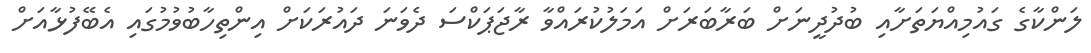
ލަންކާގެ ގައުމިއްޔަތަށާއި ބުދުދީނަށް ބަރާބަރަށް އަމަލުކުރައްވާ ރާޖަޕަކްސަ ދެވަނަ ދައުރަކަށް އިންތިހާބުވުމުގައި އެބޭފުޅާއަށް